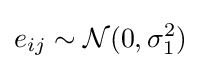
e_{ij}\sim {\mathcal {N}}(0,\sigma _{1}^{2})